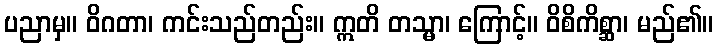
ပညာမှ။ ဝိဂတာ၊ ကင်းသည်တည်း။ ဣတိ တသ္မာ၊ ကြောင့်။ ဝိစိကိစ္ဆာ၊ မည်၏။